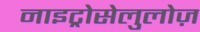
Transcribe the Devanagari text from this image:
नाइट्रोसेलुलोज़